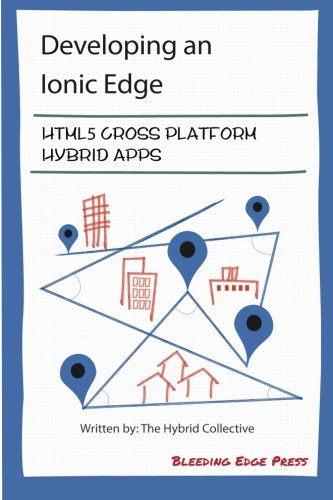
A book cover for Developing an Ionic Edge: HTML5 Cross-Platform Hybrid Apps; Anton Shevchenko; Computers & Technology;